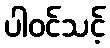
ပါဝင်သင့်